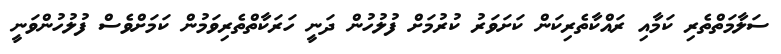
ސަލާމަތްތެރި ކަމާއި ރައްކާތެރިކަން ކަށަވަރު ކުރުމަށް ފުލުހުން ދަނީ ހަރަކާތްތެރިވަމުން ކަމަށްވެސް ފުލުހުންވަނީ